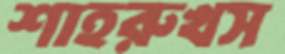
শাহরুখস